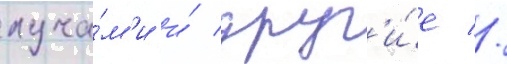
луча́м'и и́ друг'и́е //